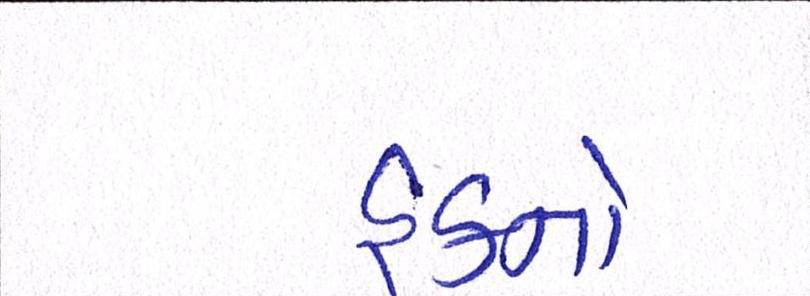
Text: હકનો